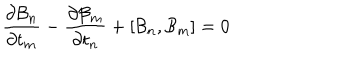
LaTeX: { \frac { \partial { \cal B } _ { n } } { \partial t _ { m } } } - { \frac { \partial { \cal B } _ { m } } { \partial t _ { n } } } + [ { \cal B } _ { n } , { \cal B } _ { m } ] = 0